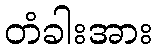
တံခါးအား